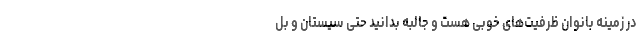
در زمینه بانوان ظرفیت‌های خوبی هست و جالبه بدانید حتی سیستان و بل